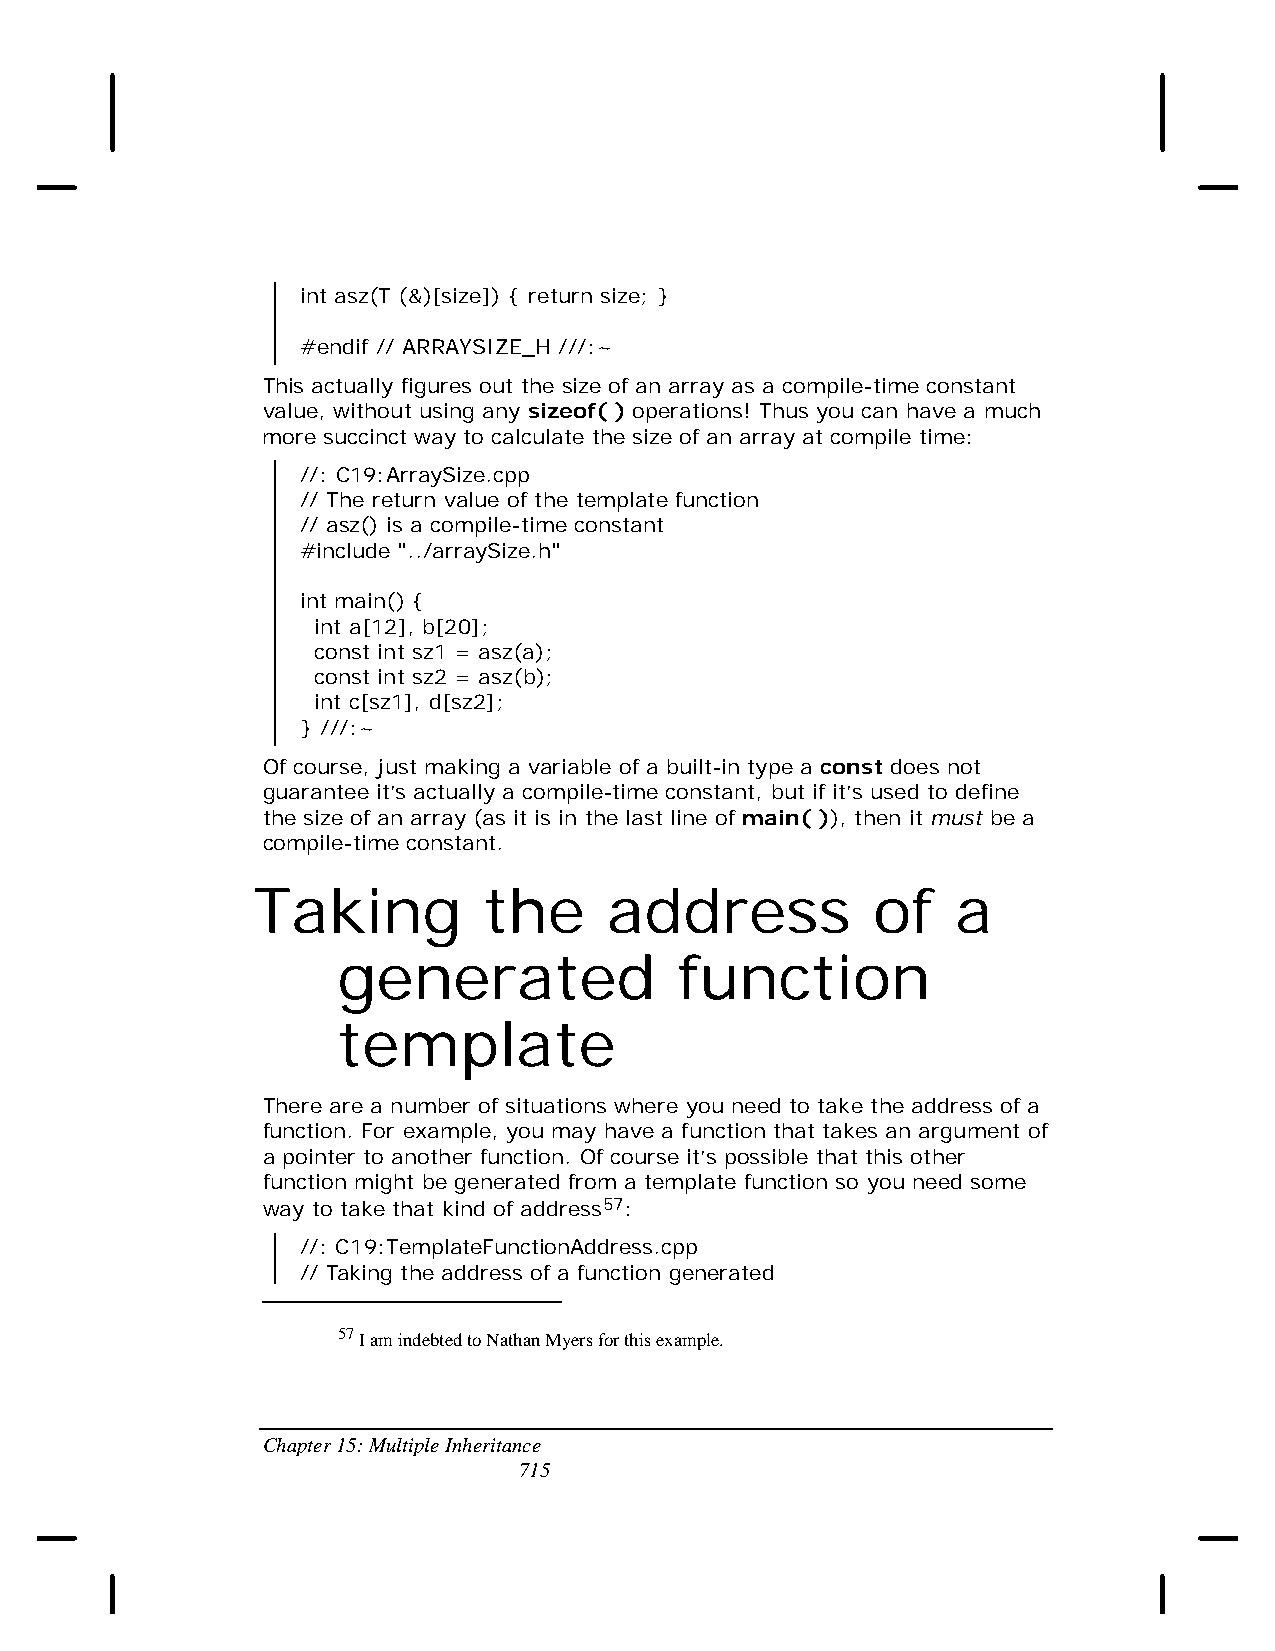
int asz(T (&)[size]) { return size; }
 #endif // ARRAYSIZE_H ///:~
 This actually figures out the size of an array as a compile-time constant
 value, without using any sizeof( ) operations! Thus you can have a much
 more succinct way to calculate the size of an array at compile time:
 //: C19:ArraySize.cpp
 // The return value of the template function
 // asz() is a compile-time constant
 #include "../arraySize.h"
 int main() {
 int a[12], b[20];
 const int sz1 = asz(a);
 const int sz2 = asz(b);
 int c[sz1], d[sz2];
 } ///:~
 Of course, just making a variable of a built-in type a const does not
 guarantee it’s actually a compile-time constant, but if it’s used to define
 the size of an array (as it is in the last line of main( )), then it must be a
 compile-time constant.
 Taking         the     address           of   a
 generated              function
 template
 There are a number of situations where you need to take the address of a
 function. For example, you may have a function that takes an argument of
 a pointer to another function. Of course it’s possible that this other
 function might be generated from a template function so you need some
 way to take that kind of address57:
 //: C19:TemplateFunctionAddress.cpp
 // Taking the address of a function generated
 57 I am indebted to Nathan Myers for this example.
 Chapter 15: Multiple Inheritance
 715